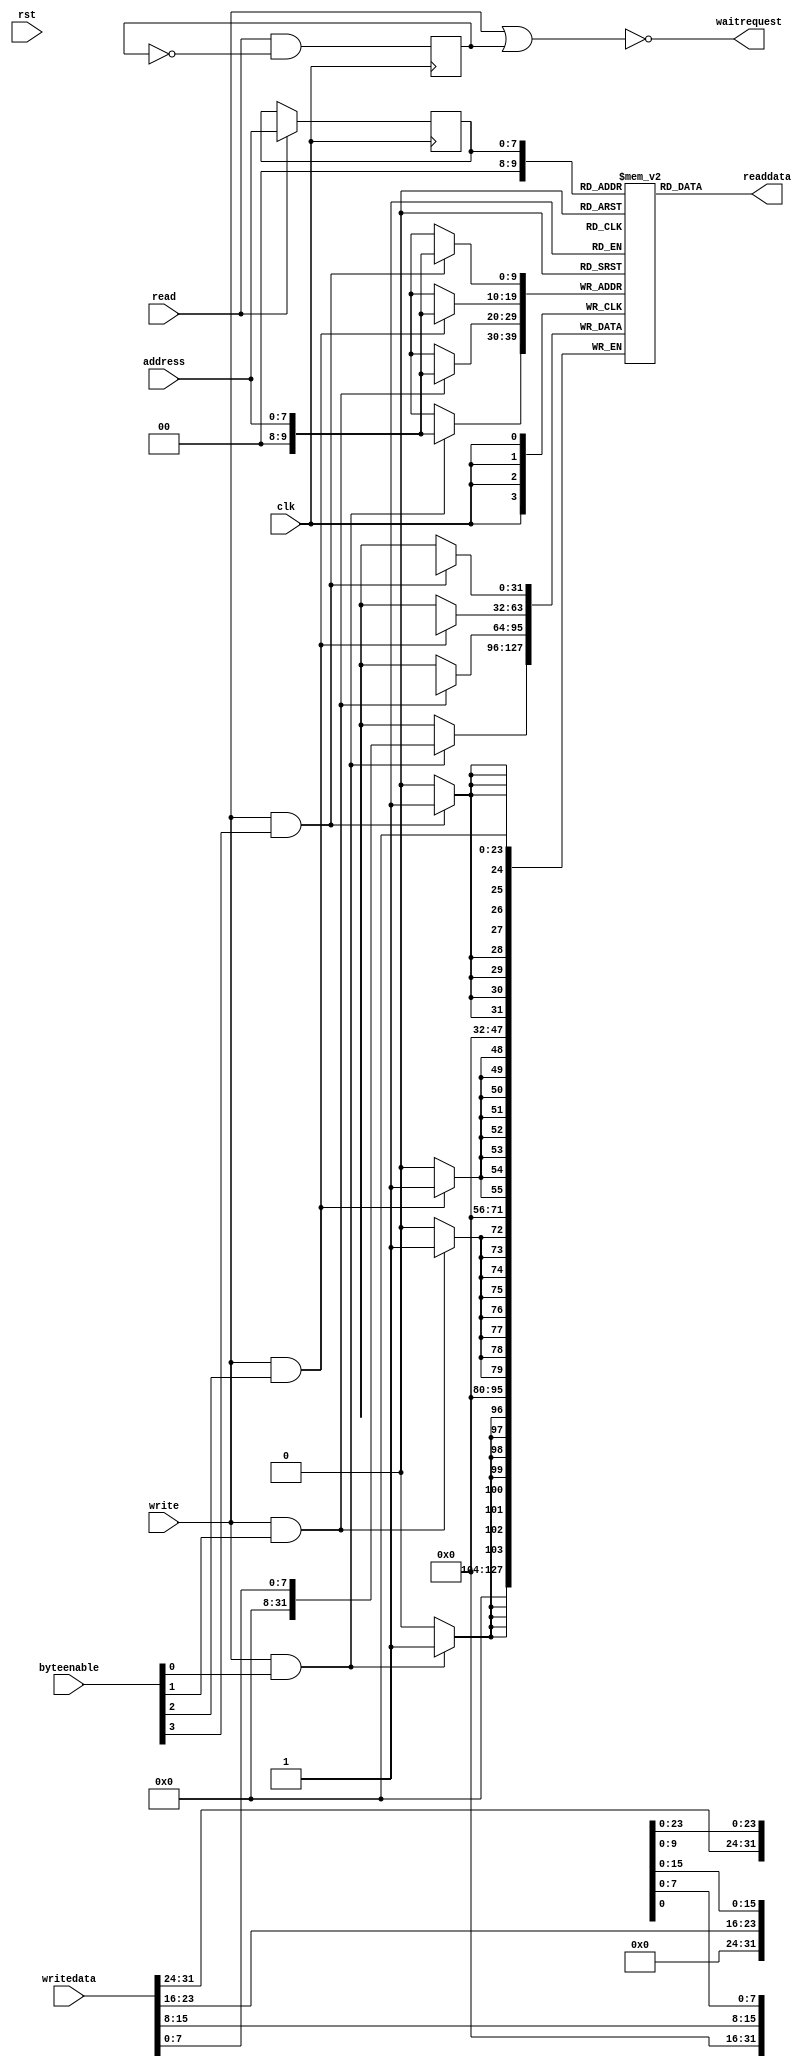
module avalon_ram #(
  parameter ADW = 32,              // data width
  parameter ABW = ADW/8,           // byte enable width
  parameter ASZ = 1024,            // memory size
  parameter AAW = $clog2(ASZ/ABW)  // address width
)(
  // system signals
  input            clk,          // clock
  input            rst,          // reset
  // Avalon MM interface
  input            read,
  input            write,
  input  [AAW-1:0] address,
  input  [ABW-1:0] byteenable,
  input  [ADW-1:0] writedata,
  output [ADW-1:0] readdata,
  output           waitrequest
);

wire transfer;

reg [ADW-1:0] mem [0:ASZ-1];
reg [AAW-1:0] address_d;
reg           data_valid;

//////////////////////////////////////////////////////////////////////////////
// memory implementation
//////////////////////////////////////////////////////////////////////////////

genvar i;

// write access (writedata is written the same clock period write is asserted)
generate for (i=0; i<ABW; i=i+1) begin : byte
  // generate code for for each byte in a word
  always @ (posedge clk)
  if (write & byteenable[i])  mem[address][8*i+:8] <= writedata[8*i+:8];
end endgenerate

// read access (readdata is available one clock period after read is asserted)
always @ (posedge clk)
if (read)  address_d <= address;

assign readdata = mem[address_d];

//////////////////////////////////////////////////////////////////////////////
// avalon interface code
//////////////////////////////////////////////////////////////////////////////

// transfer cycle end
assign transfer = (read | write) & ~waitrequest;

always @ (posedge clk)
data_valid <= read & ~data_valid;

// read, write cycle timing
assign waitrequest = ~(write | data_valid);

endmodule